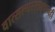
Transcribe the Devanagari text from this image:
वात्सल्यरसप्रधानही